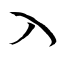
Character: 入